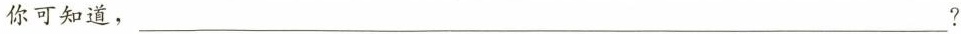
你可知道，___?